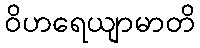
ဝိဟရေယျာမာတိ